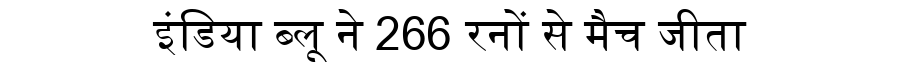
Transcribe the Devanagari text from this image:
इंडिया ब्लू ने 266 रनों से मैच जीता